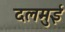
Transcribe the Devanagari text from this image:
दलमुई